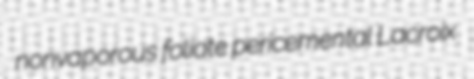
nonvaporous foliate pericemental Lacroix